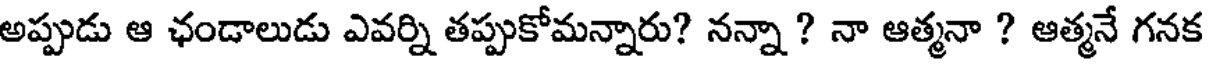
అప్పుడు ఆ ఛండాలుడు ఎవర్ని తప్పుకోమన్నారు? నన్నా ? నా ఆత్మనా ? ఆత్మనే గనక